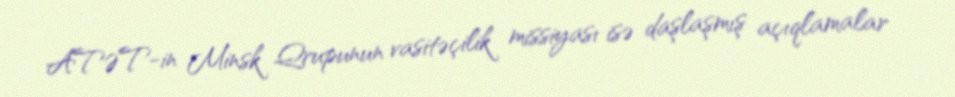
ATƏT-in Minsk Qrupunun vasitəçilik missiyası isə daşlaşmış açıqlamalar